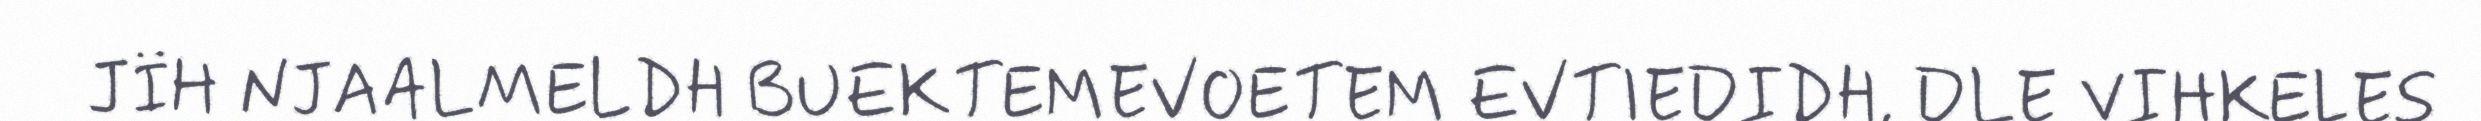
JÏH NJAALMELDH BUEKTEMEVOETEM EVTIEDIDH, DLE VIHKELES